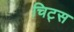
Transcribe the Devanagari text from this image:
चिट्स